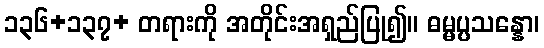
၁၃၆+၁၃၇+ တရားကို အတိုင်းအရှည်ပြု၍။ ဓမ္မပ္ပသန္နော၊